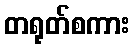
တရုတ်စကား